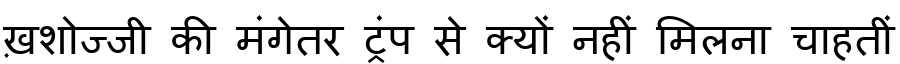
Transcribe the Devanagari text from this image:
ख़शोज्जी की मंगेतर ट्रंप से क्यों नहीं मिलना चाहतीं